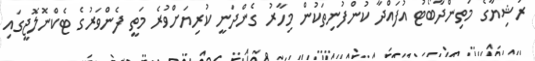
ރަޝިޔާގެ މަތިންދާބޯޓު އުފައްދާ ކުންފުނިތަކުން މިހާރު ގެންދަނީ ކުރިޔަށްވުރެ މަތީ ފެންވަރުގެ ޓެކްނޮލޮޖީގައި